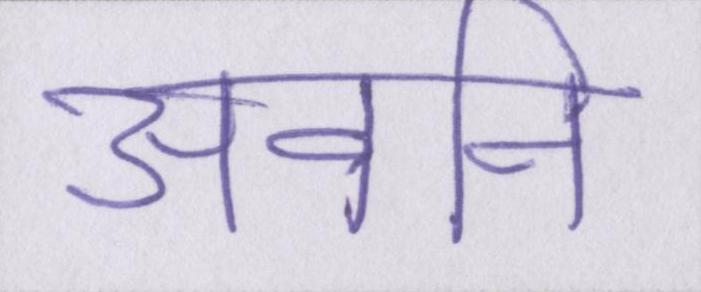
अवनि